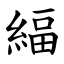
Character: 䋹